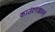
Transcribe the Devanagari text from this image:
काउंटरआयनों